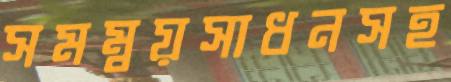
সমম্বয়সাধনসহ